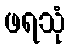
ဖရသုံ